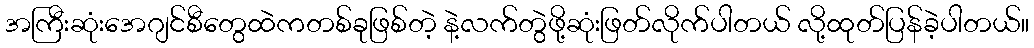
အကြီးဆုံးအေဂျင်စီတွေထဲကတစ်ခုဖြစ်တဲ့ နဲ့လက်တွဲဖို့ဆုံးဖြတ်လိုက်ပါတယ် လို့ထုတ်ပြန်ခဲ့ပါတယ်။